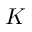
K